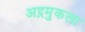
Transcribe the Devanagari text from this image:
अद्रमुकला